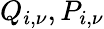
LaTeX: Q_{i,\nu},P_{i,\nu}